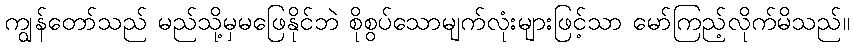
ကျွန်တော်သည် မည်သို့မှမဖြေနိုင်ဘဲ စိုစွပ်သောမျက်လုံးများဖြင့်သာ မော်ကြည့်လိုက်မိသည်။